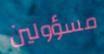
مسؤولين